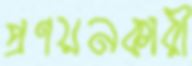
প্রণয়নকারী